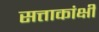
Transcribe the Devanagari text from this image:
सत्ताकांक्षी